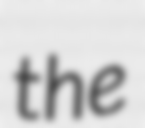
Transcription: the